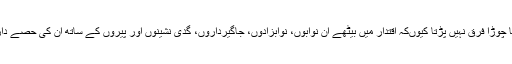
ان کو اس انتظار سے کوئی لمبا چوڑا فرق نہیں پڑتا کیوںکہ اقتدار میں بیٹھے ان نوابوں، نوابزادوں، جاگیرداروں، گدی نشینوں اور پیروں کے ساتھ ان کی حصے داری اور رشتے داری ہوتی ہیں۔